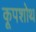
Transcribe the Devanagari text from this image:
कूपशोथ